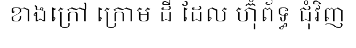
ខាងក្រៅ ក្រោម ដី ដែល ហ៊ុំព័ទ្ធ ជុំវិញ